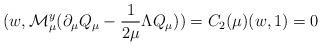
LaTeX: \begin{align*}(w,{\mathcal{M}_\mu^y}(\partial_\mu Q_\mu-\frac{1}{2\mu}\Lambda Q_\mu))=C_2(\mu)(w,1)=0\end{align*}